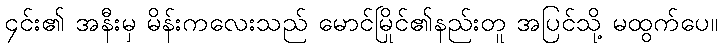
၄င်း၏ အနီးမှ မိန်းကလေးသည် မောင်မြိုင်၏နည်းတူ အပြင်သို့ မထွက်ပေ။